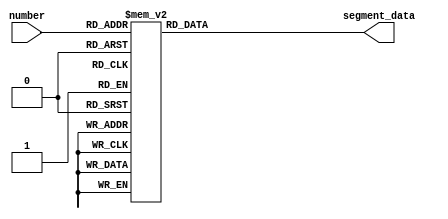
module BCD2SEVEN_SEGMENT (
    input [3:0] number,
    output reg [7:0] segment_data
);

    // BCD to seven-segment encoding
    always @(number) begin
        case (number)
            4'd0: segment_data = 8'b11000000; // 0
            4'd1: segment_data = 8'b11111001; // 1
            4'd2: segment_data = 8'b10100100; // 2
            4'd3: segment_data = 8'b10110000; // 3
            4'd4: segment_data = 8'b10011001; // 4
            4'd5: segment_data = 8'b10010010; // 5
            4'd6: segment_data = 8'b10000010; // 6
            4'd7: segment_data = 8'b11111000; // 7
            4'd8: segment_data = 8'b10000000; // 8
            4'd9: segment_data = 8'b10010000; // 9
            default: segment_data = 8'b11111111; // Blank or error
        endcase
    end

endmodule